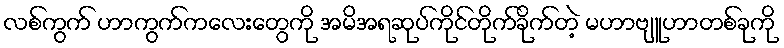
လစ်ကွက် ဟာကွက်ကလေးတွေကို အမိအရဆုပ်ကိုင်တိုက်ခိုက်တဲ့ မဟာဗျူဟာတစ်ခုကို